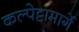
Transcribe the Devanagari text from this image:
कल्पेट्टामार्गे